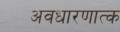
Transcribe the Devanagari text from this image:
अवधारणात्क